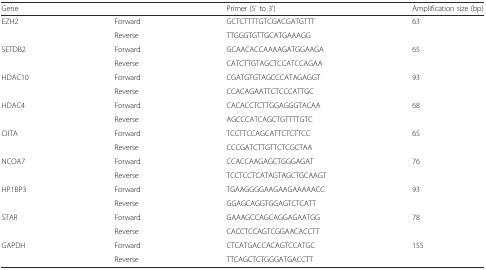
| Gene |  | Primer (5' to 3') | Amplification size (bp) |
 | --- | --- | --- | --- |
 | <ROWSPAN=2> EZH2 | Forward | GCTCTTTTGTCGACGATGTTT | <ROWSPAN=2> 63 |
 | Reverse | TTGGGTGTTGCATGAAAGG |
 | <ROWSPAN=2> SETDB2 | Forward | GCAACACCAAAAGATGGAAGA | <ROWSPAN=2> 65 |
 | Reverse | CATCTTGTAGCTCCATCCAGAA |
 | <ROWSPAN=2> HDAC10 | Forward | CGATGTGTAGCCCATAGAGGT | <ROWSPAN=2> 93 |
 | Reverse | CCACAGAATTCTCCCATTGC |
 | <ROWSPAN=2> HDAC4 | Forward | CACACCTCTTGGAGGGTACAA | <ROWSPAN=2> 68 |
 | Reverse | AGCCCATCAGCTGTTTTGTC |
 | <ROWSPAN=2> CIITA | Forward | TCCTTCCAGCATTCTCTTCC | <ROWSPAN=2> 65 |
 | Reverse | CCCGATCTTGTTCTCGCTAA |
 | <ROWSPAN=2> NCOA7 | Forward | CCACCAAGAGCTGGGAGAT | <ROWSPAN=2> 76 |
 | Reverse | TCCTCCTCATAGTAGCTGCAAGT |
 | <ROWSPAN=2> HP1BP3 | Forward | TGAAGGGGAAGAAGAAAAACC | <ROWSPAN=2> 93 |
 | Reverse | GGAGCAGGTGGAGTCTCATT |
 | <ROWSPAN=2> STAR | Forward | GAAAGCCAGCAGGAGAATGG | <ROWSPAN=2> 78 |
 | Reverse | CACCTCCAGTCGGAACACCTT |
 | <ROWSPAN=2> GAPDH | Forward | CTCATGACCACAGTCCATGC | <ROWSPAN=2> 155 |
 | Reverse | TTCAGCTCTGGGATGACCTT |